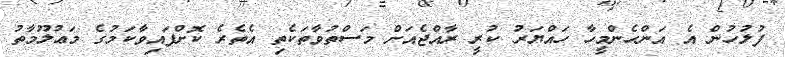
ފުލުހުން އެ އަންހެންމީހާ ހައްޔަރު ކުރީ ރާއްޖެއަށް މަސްތުވާތަކެތި އެތެރެ ކޮށްފައިވާކަމުގެ މަޢުލޫމާތު